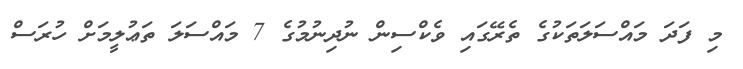
މި ފަދަ މައްސަލަތަކުގެ ތެރޭގައި ވެކްސިން ނުދިނުމުގެ 7 މައްސަލަ ތަޢުލީމަށް ހުރަސް